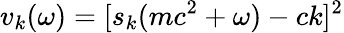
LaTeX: v_{k}(\omega)=[s_{k}(mc^{2}+\omega)-ck]^{2}